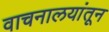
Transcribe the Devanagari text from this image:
वाचनालयांतून